Report of the Municipal Commissioner on the plague in Bombay for the year ending 31st May... - Volume 2
Disease focus: Plague
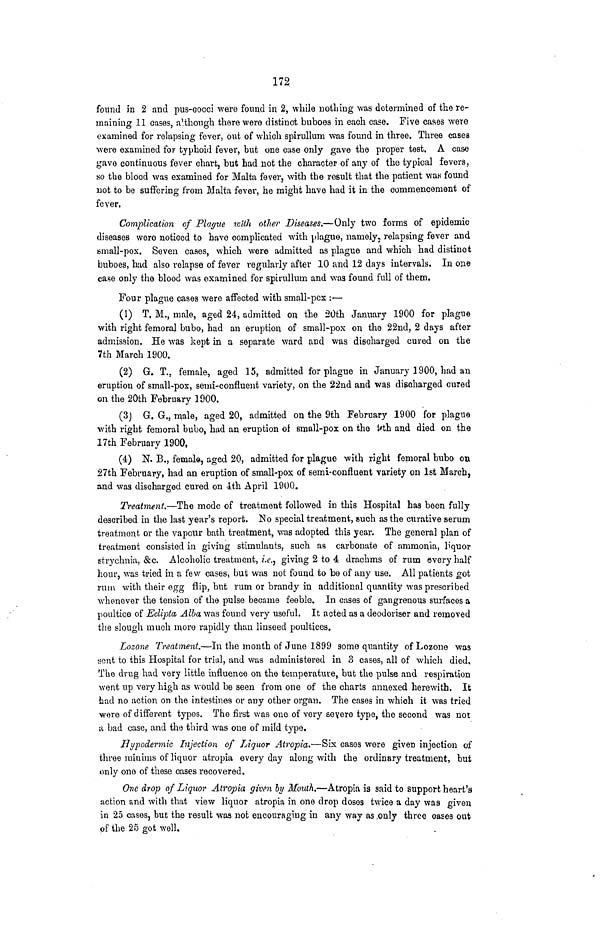
172
found in 2 and pus-cocci were found in 2, while nothing was determined of the re-
maining 11 oases, although there were distinct buboes in each case. Five cases were
examined for relapsing fever, out of which spirullum was found in three. Three cases
were examined for typhoid fever, but one case only gave the proper test. A case
gave continuous fever chart, but had not the character of any of the typical fevers,
so the blood was examined for Malta fever, with the result that the patient wan found
not to be suffering from Malta fever, he might have had it in the commencement of
fever.
Complication of Plague with other Diseases.—Only two forms of epidemic
diseases were noticed to have complicated with plague, namely, relapsing fever and
small-pox. Seven cases, which were admitted as plague and which had distinct
buboes, had also relapse of fever regularly after 10 and 12 days intervals. In one
case only the blood was examined for spirullum and was found full of them.
Four plague cases were affected with small-pcx :—
(1) T. M., male, aged 24, admitted on the 20th January 1900 for plague
with right femoral bubo, had an eruption of small-pox on the 22nd, 2 days after
admission. He was kept in a separate ward and was discharged cured on the
7th March 1900.
(2) G. T.. female, aged 15, admitted for plague in January 1900, had an
eruption of small-pox, semi-confluent variety, on the 22nd and was discharged cured
on the 20th February 1900.
(3J G, G., male, aged 20, admitted on the 9th February 1900 for plague
with right femoral bubo, had an eruption ol small-pox on the i*th and died on the
17th February 1900,
(4) N. B., female, aged 20, admitted for plague with right femoral bubo on
27th February, had an eruption of small-pox of semi-confluent variety on 1st March,
and was discharged cured on ith April 1900.
Treatment.—The mode of treatment followed in this Hospital has been fully
described in the last year's report. No special treatment, such as the curative serum
treatment or the vapour bath treatment, was adopted this year. The general plan of
treatment consisted in giving stimulants, such as carbonate of ammonia, liquor
strychnia, &c. Alcoholic treatment, z.<?., giving 2 to 4 drachms of ruin every half
hour, was tried in a few cases, but was not found to be of any use. All patients got
rum with their egg flip, but rum or brandy in additional quantity was prescribed
whenever the tension of the pulse became feeble. In cases of gangrenous surfaces a
poultice of Eclipta Alba was found very useful. It acted as a deodoriser and removed
the slough much more rapidly than linseed poultices.
Lozone Treatment.—In the mouth of June 1899 some quantity of Lozone was
sent to this Hospital for trial, and was administered in 3 cases, all of which died.
The drug had very little influence on the temperature, but the pulse and respiration
went up very high as would be seen from one of the charts annexed herewith. It
had no action on the intestines or any other organ. The cases in which it was tried
were of different types. The first was one of very severe type, the second was not
a bad case, and the third was one of mild type.
Hypodermic Injection of Liquor Atropia.—Six cases were given injection of
three minims of liquor atropia every day along with the ordinary treatment, but
only one of these cases recovered.
One drop of Liquor Atropia given by Mouth.—Atropia is said to support heart's
action and with that view liquor atropia in one drop doses twice a day was given
in 25 cases, but the result was not encouraging in any way as .only three oases out
of the 25 got well.